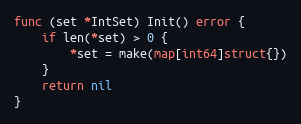
Language: Go
func (set *IntSet) Init() error {
	if len(*set) > 0 {
		*set = make(map[int64]struct{})
	}
	return nil
}